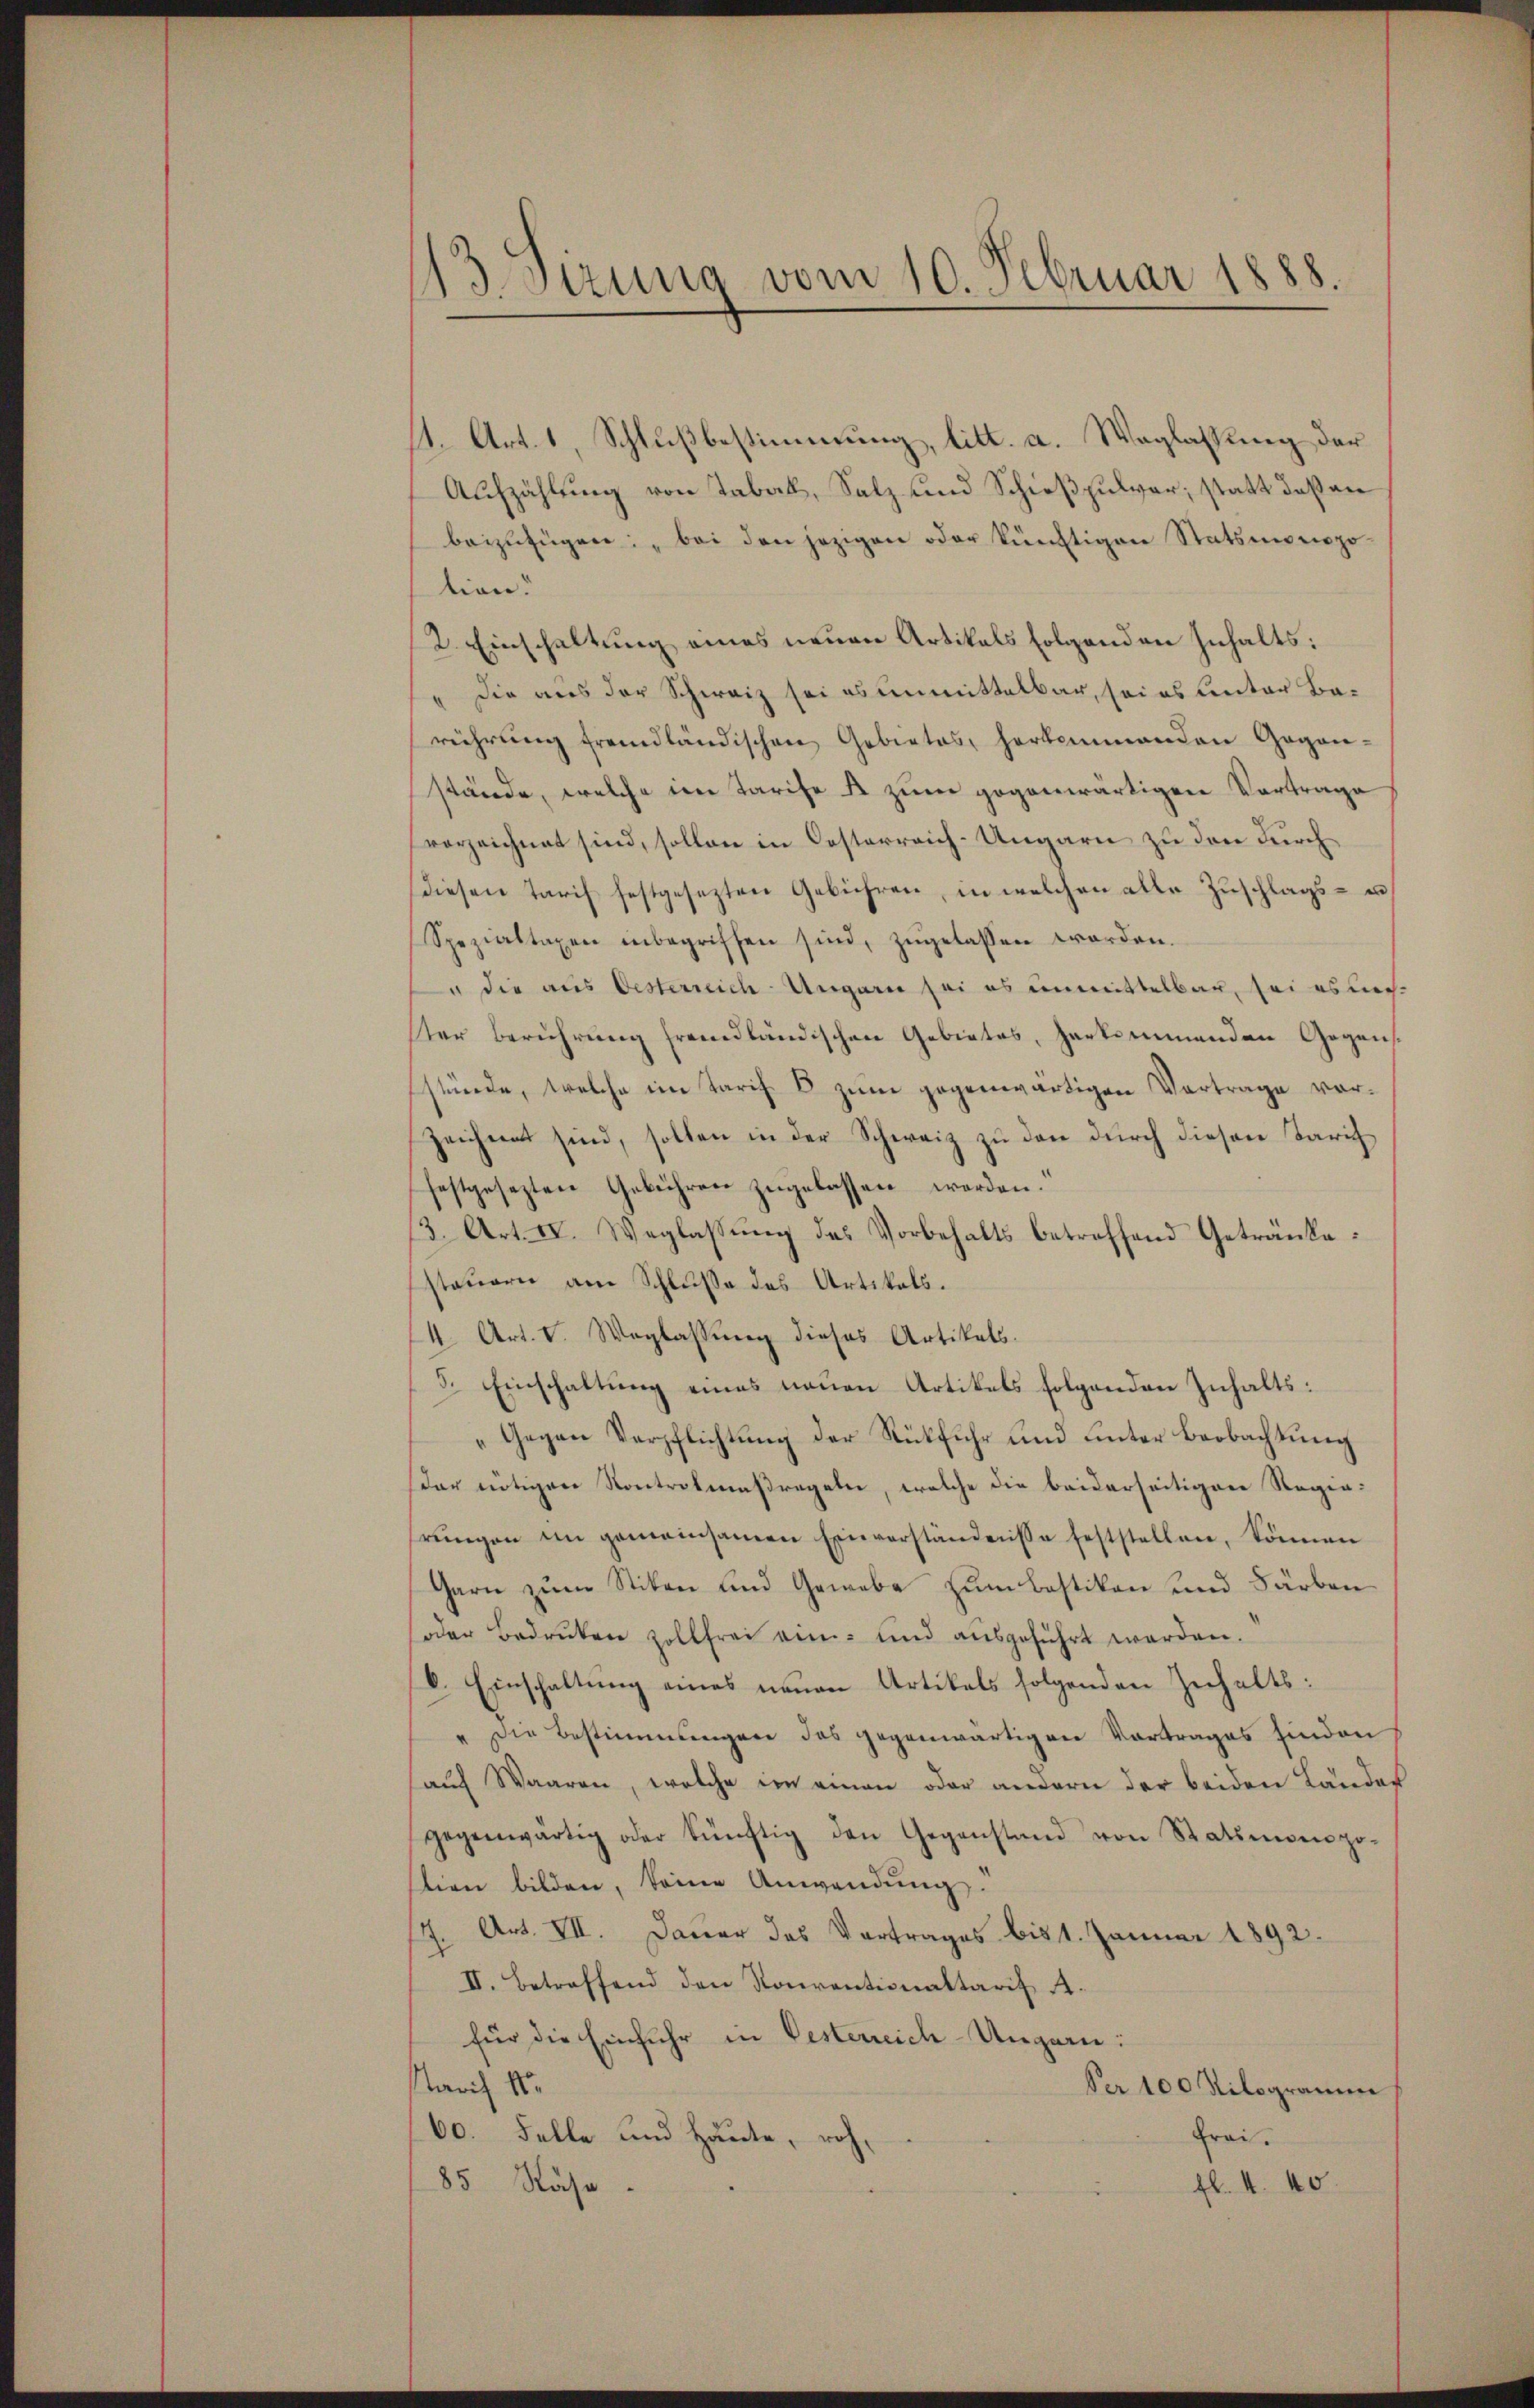
13. Sirung vom 10. Februar 1888.

11. Art. 1, Schlußbestimmung, litt. a. Waglassung der
Aufzählung von Taball, Salz und Schießpulver, statt daß an
beizufügen: „bei den jezigen oder künftigen Statsmonopolien.
2. Einschaltung eines neuen Artikals folgenden Inhalts:
Die aus der Schweiz sei es unmittelbar, sei es unter Berührŭng fremdländischen Gebietes, herkommenden Gegen-
stände, welche im Tarife u zum gegenwärtigen Vortrage
vorzeichnet sind, sollen in Oesterreich-Ungarn zu den durch
diesen Tarif festgesezten Gebühren, in welchen alle Zŭschlags- un
Spezialtaxen inbegriffen sind, zugelassen worden.
u die aus Oesterreich Ungarn sei es unmittelbar, sei es nich
ster Berührung fremdländischen Gebietes, herkommenden Gegensstände, welche ein Tarif V zum gegenwärtigen Vortrage vorzeichnet sind, sollen in der Schweiz zu den durch diesen Tarich
festgesezten Gebühren zugelassen werden.
13. Art. II. Weglassung des Vorbehalts betreffend Getränkestauern am Schluße des Artikels.
14. Art. I. Weglassŭng dieses Artikels.
5. Einschaltung eines neuen Artikels folgenden Inhalts:
„Gegen Verpflichtung der Rückfuhr und unter Beobachtung
dar nötigen Kontrolmaßregeln, welche die beiderseitiger Regiehrungen im gemeinsamen Einverständnisse feststellen, können
Garn zum Stiken und Gewebe zum bastiken und Färben
soder Bedruken zollfrei ein- und ausgeführt werden.
V. Einschaltung eines neuen Artikels folgenden Zuhalts:
" die Bestimmungen das gegenwärtigen Vortrages finden
auf Waaren, welche im einen oder andern der beiden Ländes
gegenwärtig oder künftig den Gegenstand von Statimonopo-
stion bilden, keine Anwendung.
s. Art. VII. Dauer das Vortrages bis 1. Januar 1892.
II. Betreffend den Konventionaltarif A.
für die Einfuhr in Oesterreich-Ungarn:
Paris 11.
Ver 100 Kilogramme
Frei¬
60. Felle und Heute, roh,
85 Nase
fl. 1. 40.